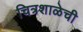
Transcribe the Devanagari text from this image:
चित्रशाळेची